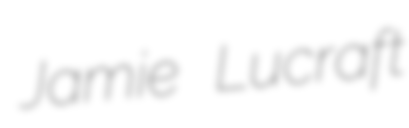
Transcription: Jamie Lucraft